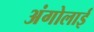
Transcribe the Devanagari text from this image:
अंगोलाई